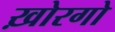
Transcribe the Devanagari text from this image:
ख़ोरगो